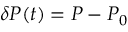
\delta P ( t ) = P - P _ { 0 }